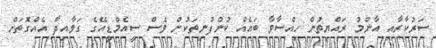
ސަރުކާރާއި އާންމު ރައްޔިތުން ހިއްސާވާ ބައެއް ކުންފުނިތަކުން ވެސް ސީއެމްޑީއޭގެ ގަވާއިދާ އެއްގޮތަށް